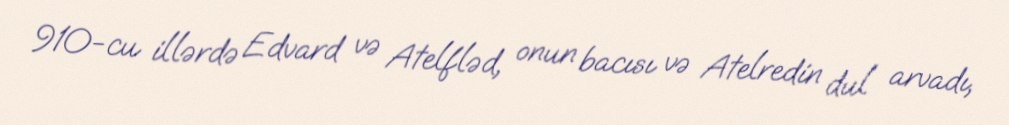
910-cu illərdə Edvard və Atelfləd, onun bacısı və Atelredin dul arvadı,